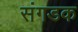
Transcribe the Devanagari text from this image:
संगडक